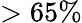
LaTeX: >65\%